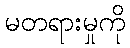
မတရားမှုကို